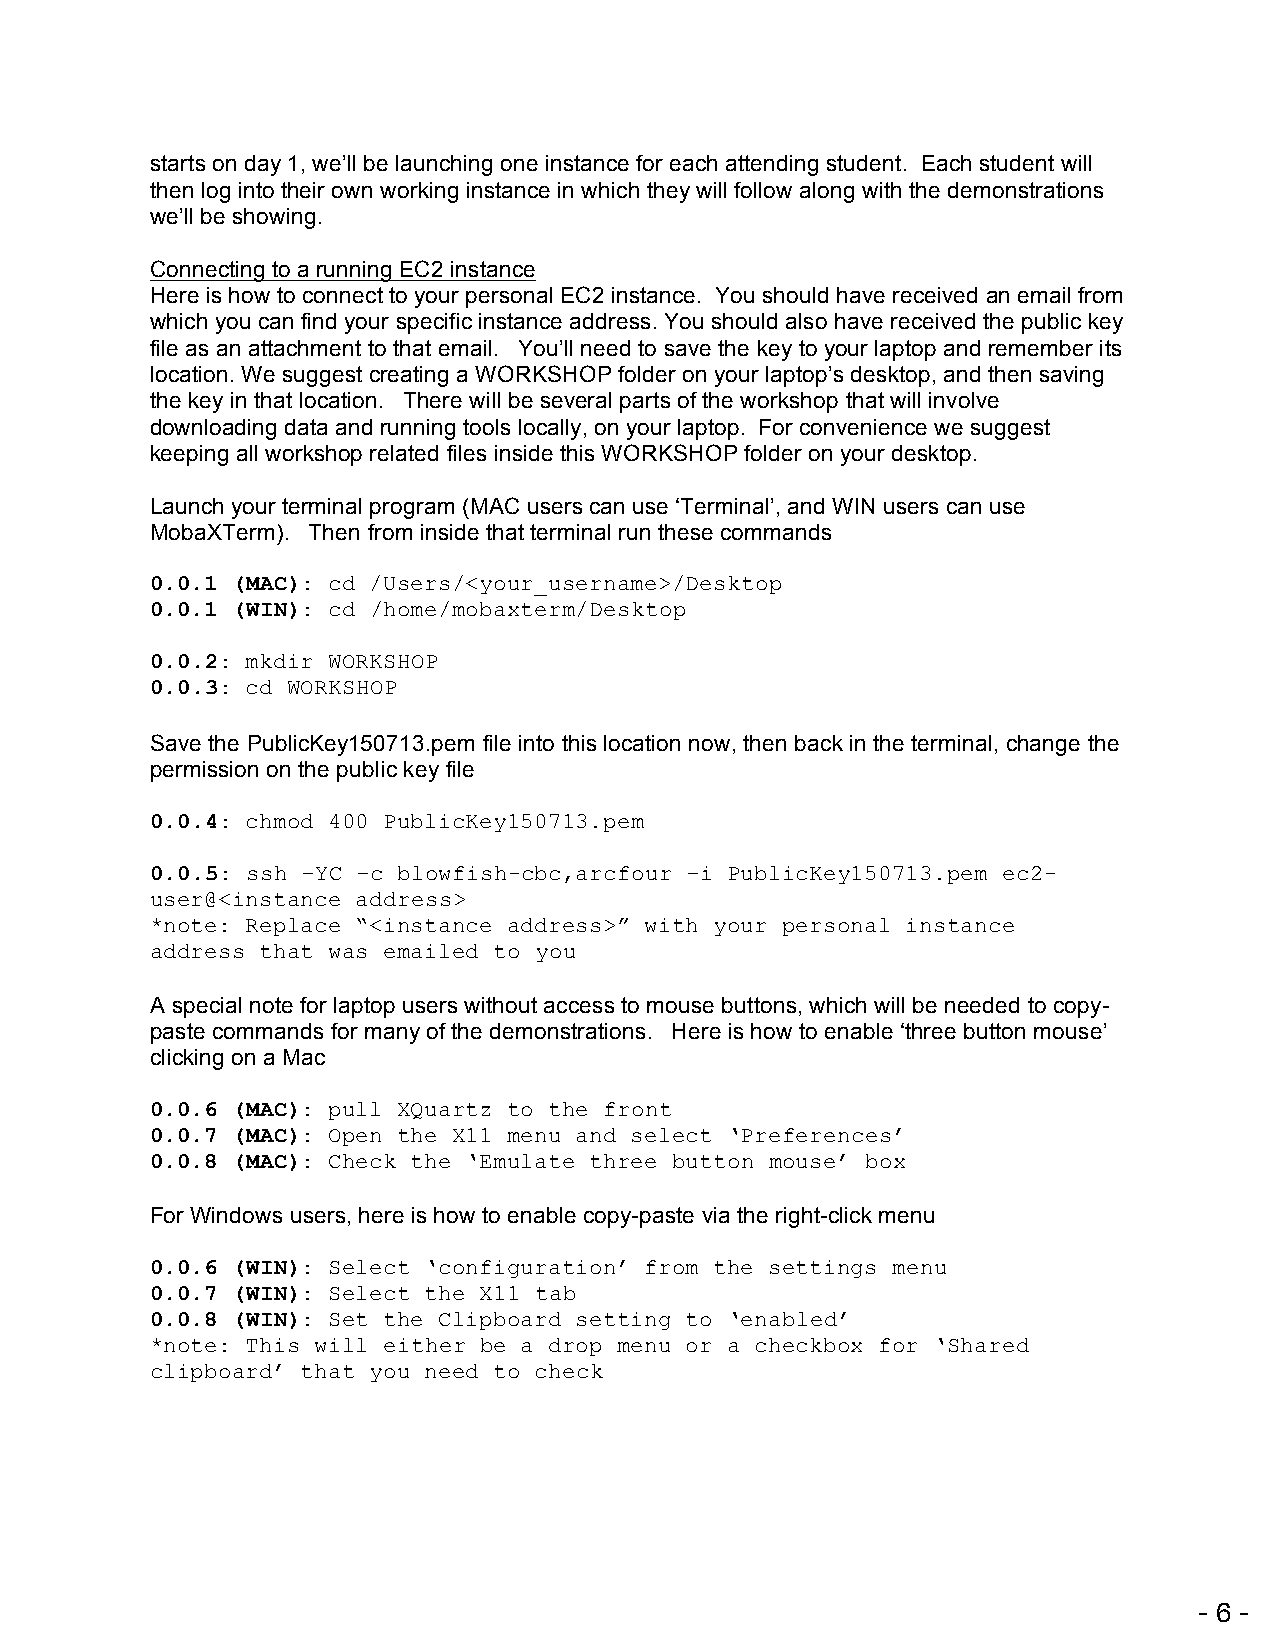
starts on day 1, we’ll be launching one instance for each attending student. Each student will
 then log into their own working instance in which they will follow along with the demonstrations
 we’ll be showing.
 Connecting to a running EC2 instance
 Here is how to connect to your personal EC2 instance. You should have received an email from
 which you can find your specific instance address. You should also have received the public key
 file as an attachment to that email. You’ll need to save the key to your laptop and remember its
 location. We suggest creating a WORKSHOP folder on your laptop’s desktop, and then saving
 the key in that location. There will be several parts of the workshop that will involve
 downloading data and running tools locally, on your laptop. For convenience we suggest
 keeping all workshop related files inside this WORKSHOP folder on your desktop.
 Launch your terminal program (MAC users can use ‘Terminal’, and WIN users can use
 MobaXTerm). Then from inside that terminal run these commands
 0.0.1 (MAC): cd /Users/<your_username>/Desktop
 0.0.1 (WIN): cd /home/mobaxterm/Desktop
 0.0.2: mkdir WORKSHOP
 0.0.3: cd WORKSHOP
 Save the PublicKey150713.pem file into this location now, then back in the terminal, change the
 permission on the public key file
 0.0.4: chmod 400 PublicKey150713.pem
 !
 0.0.5: ssh –YC –c blowfish-cbc,arcfour –i PublicKey150713.pem ec2-
 user@<instance address>
 *note: Replace “<instance address>” with your personal instance
 address that was emailed to you
 A special note for laptop users without access to mouse buttons, which will be needed to copy-
 paste commands for many of the demonstrations. Here is how to enable ‘three button mouse’
 clicking on a Mac
 !
 0.0.6 (MAC): pull XQuartz to the front
 0.0.7 (MAC): Open the X11 menu and select ‘Preferences’
 0.0.8 (MAC): Check the ‘Emulate three button mouse’ box
 !
 For Windows users, here is how to enable copy-paste via the right-click menu
 0.0.6 (WIN): Select ‘configuration’ from the settings menu
 0.0.7 (WIN): Select the X11 tab
 0.0.8 (WIN): Set the Clipboard setting to ‘enabled’
 *note: This will either be a drop menu or a checkbox for ‘Shared
 clipboard’ that you need to check